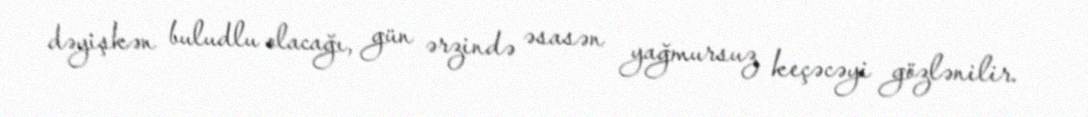
dəyişkən buludlu olacağı, gün ərzində əsasən yağmursuz keçəcəyi gözlənilir.